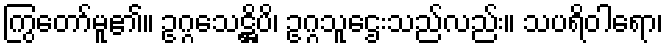
ကြွတော်မူ၏။ ဥဂ္ဂသေဋ္ဌိပိ၊ ဥဂ္ဂသူဌေးသည်လည်း။ သပရိဝါရော၊